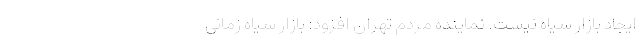
ایجاد بازار سیاه نیست. نماینده مردم تهران افزود: بازار سیاه زمانی